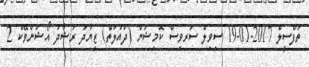
ތަފްސީލް 2017-01-19 ސިވިލް ސަރވިސް ކޮމިޝަން (ދައުލަތް) ޒިޔާދު ރަޝާދު އޯޝަންވޭކް 2